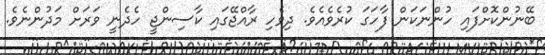
ބޭނުންކޮށްފައި ހުންނަކަން ފާހަގަ ކުރެވެއެވެ. ދިވެހި ރާއްޖޭގައި ކާސިންޖީ ހެދެނީ ވަރަށް މަދުންނެވެ.